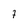
Character: 7